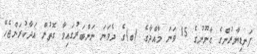
ފަނޑިޔާރުންގެ ގާނޫނުގެ 15 ވަނަ މާއްދާގެ (ބ)ގެ ދެވަނަ ނަންބަރުގައިވާ ގޮތުން އަދާކުރަންޖެހޭ